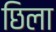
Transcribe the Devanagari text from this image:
छिला